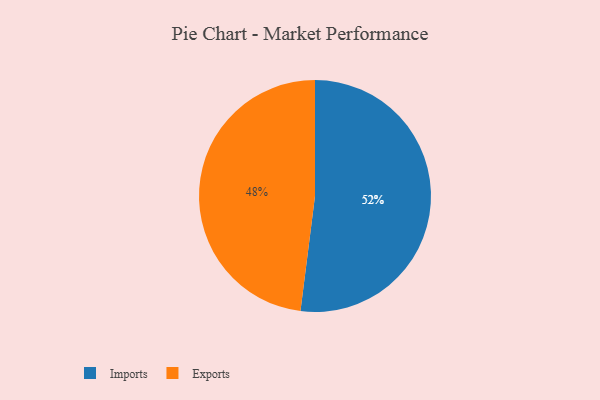
{"axis": {"x": "Category", "y": "Percentage"}, "legend": ["Exports", "Imports"], "data": [{"x": "Exports", "y": 48, "type": "Exports"}, {"x": "Imports", "y": 52, "type": "Imports"}]}